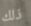
ذلك